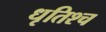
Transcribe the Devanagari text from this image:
धृतिश्च